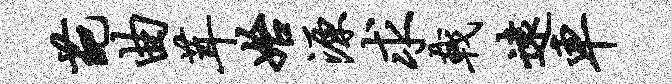
葩曲茸始源求戟远车